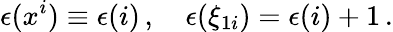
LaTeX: \epsilon(x^{i})\equiv\epsilon(i)\, ,\quad\epsilon(\xi_{1i})=\epsilon(i)+1\, .